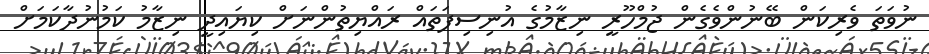
ނުވަތަ ވެރިކަން ބޭނުންވެގެން ޖުމްހޫރީ ނިޒާމުގެ އުނިސިފަތައް ރައްޔިތުންނަށް ކިޔައިދީ ނިޒާމު ކަމުނުދާކަމަށް